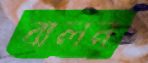
বালন